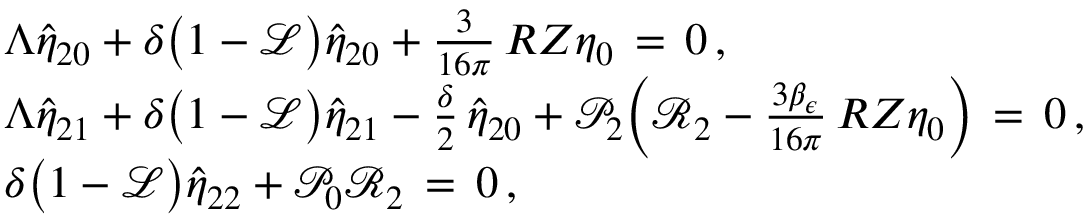
\begin{array} { r l } & { \Lambda \hat { \eta } _ { 2 0 } + \delta \bigl ( 1 - \mathcal { L } \bigr ) \hat { \eta } _ { 2 0 } + \frac { 3 } { 1 6 \pi } \, R Z \eta _ { 0 } \, = \, 0 \, , } \\ & { \Lambda \hat { \eta } _ { 2 1 } + \delta \bigl ( 1 - \mathcal { L } \bigr ) \hat { \eta } _ { 2 1 } - \frac { \delta } { 2 } \, \hat { \eta } _ { 2 0 } + \mathcal { P } _ { 2 } \Bigl ( \mathcal { R } _ { 2 } - \frac { 3 \beta _ { \epsilon } } { 1 6 \pi } \, R Z \eta _ { 0 } \Bigr ) \, = \, 0 \, , } \\ & { \delta \bigl ( 1 - \mathcal { L } \bigr ) \hat { \eta } _ { 2 2 } + \mathcal { P } _ { 0 } \mathcal { R } _ { 2 } \, = \, 0 \, , } \end{array}